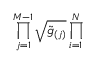
\prod _ { j = 1 } ^ { M - 1 } \sqrt { \tilde { g } _ { ( j ) } } \prod _ { i = 1 } ^ { N }